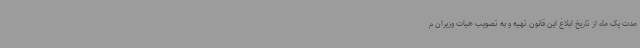
مدت یک ماه از تاریخ ابلاغ این قانون تهیه و به تصویب هیات وزیران م